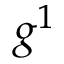
g ^ { 1 }